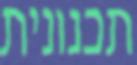
תכנונית